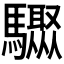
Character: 𩧁